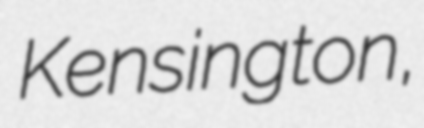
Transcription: Kensington,